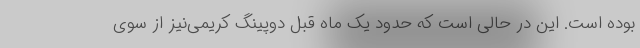
بوده است. این در حالی است که حدود یک ماه قبل دوپینگ کریمی‌نیز از سوی